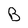
Character: B